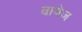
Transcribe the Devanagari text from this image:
वायेज